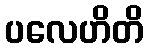
ပလေဟိတိ